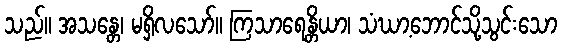
သည်။ အသန္တေ၊ မရှိလသော်။ ကြသာရေန္တိယာ၊ သံဃာ့ဘောင်သို့သွင်းသော